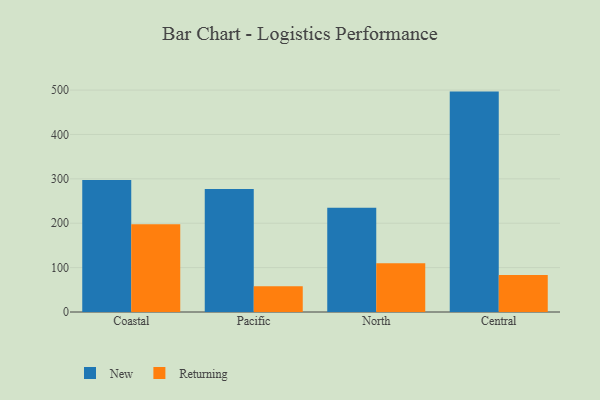
{"axis": {"x": "Region", "y": "Energy Usage (MWh)"}, "legend": ["New", "Returning"], "data": [{"x": "Coastal", "y": 297.5, "type": "New"}, {"x": "Coastal", "y": 197.5, "type": "Returning"}, {"x": "Pacific", "y": 276.9, "type": "New"}, {"x": "Pacific", "y": 57.9, "type": "Returning"}, {"x": "North", "y": 234.8, "type": "New"}, {"x": "North", "y": 109.9, "type": "Returning"}, {"x": "Central", "y": 496.6, "type": "New"}, {"x": "Central", "y": 83.3, "type": "Returning"}]}